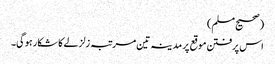
(صحیح مسلم)
اس پرفتن موقع پر مدینہ تین مرتبہ زلزلے کا شکار ہوگی۔